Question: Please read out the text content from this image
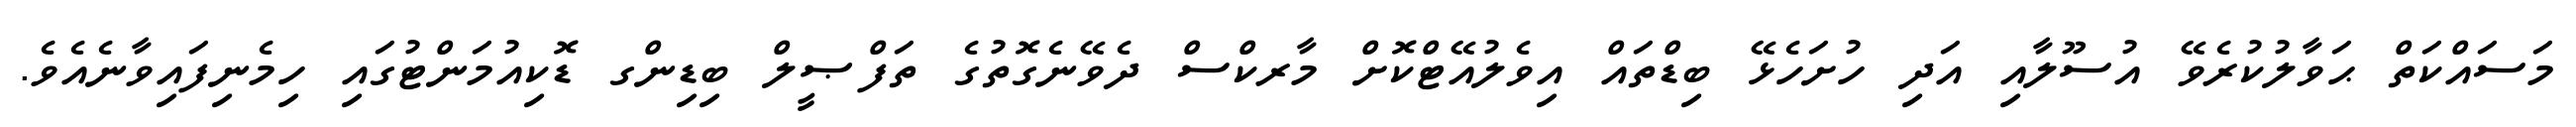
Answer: މަސައްކަތް ޙަވާލުކުރެވޭ އުސޫލާއި އަދި ހުށަހެޅޭ ބިޑްތައް އިވެލުއޭޓްކޮށް މާރކްސް ދެވޭނެގޮތުގެ ތަފްޞީލް ބިޑިންގ ޑޮކިއުމަންޓުގައި ހިމެނިފައިވާނެއެވެ.